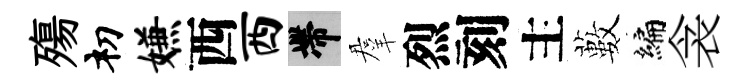
殤𥘉嫌西西帶羣烈刻主藪编衾